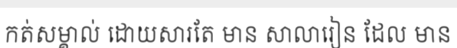
កត់សម្គាល់ ដោយសារតែ មាន សាលារៀន ដែល មាន